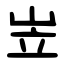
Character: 岦